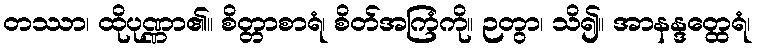
တဿာ၊ ထိုပုဏ္ဏာ၏။ စိတ္တာစာရံ၊ စိတ်အကြံကို။ ဉတွာ၊ သိ၍။ အာနန္ဒတ္ထေရံ၊